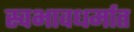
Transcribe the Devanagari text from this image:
स्वभावधर्मात